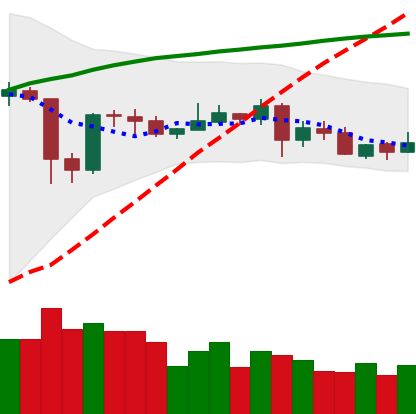
Ticker: XLM-USD
Chart end date: 2020-05-27
Forward return: 13.986%
Label: up_7plus